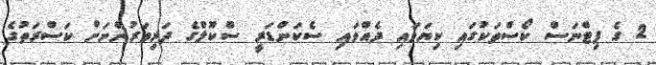
2 ގެ ފިޓްނަސް ކޯސްތަކުގައި ކިޔަވައި ދެއްވައި ސެކަންޑަރީ ސްކޫލްގެ ދަރިވަރުންނަށް ކަސްރަތުގެ